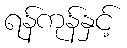
ရန်ကုန်နှင့်